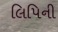
લિપિની